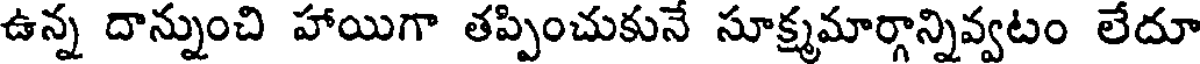
ఉన్న దాన్నుంచి హాయిగా తప్పించుకునే సూక్ష్మమార్గాన్నివ్వటం లేదూ